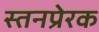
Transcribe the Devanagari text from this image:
स्तनप्रेरक